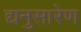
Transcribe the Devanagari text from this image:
द्यनुसारेण